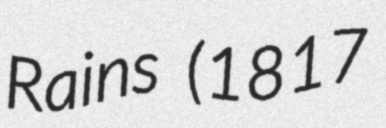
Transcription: Rains (1817